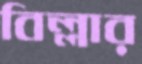
বিল্লার